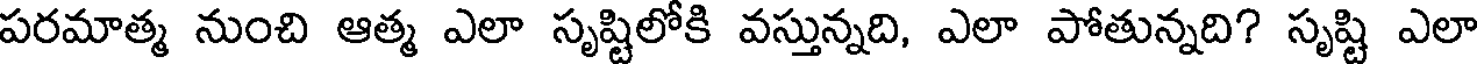
పరమాత్మ నుంచి ఆత్మ ఎలా సృష్టిలోకి వస్తున్నది, ఎలా పోతున్నది? సృష్టి ఎలా